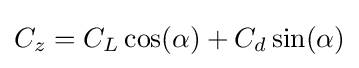
C_{z}=C_{L}\cos(\alpha )+C_{d}\sin(\alpha )